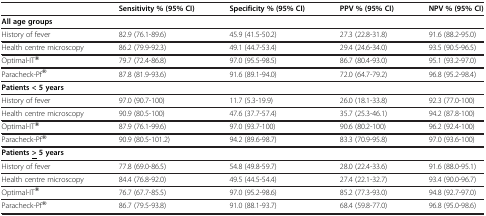
<table><thead><tr><td><b> </b></td><td><b>Sensitivity % (95% CI)</b></td><td><b>Specificity % (95% CI)</b></td><td><b>PPV % (95% CI)</b></td><td><b>NPV % (95% CI)</b></td></tr></thead><tbody><tr><td colspan="5"><b>All age groups</b></td></tr><tr><td>History of fever</td><td>82.9 (76.1-89.6)</td><td>45.9 (41.5-50.2)</td><td>27.3 (22.8-31.8)</td><td>91.6 (88.2-95.0)</td></tr><tr><td>Health centre microscopy</td><td>86.2 (79.9-92.3)</td><td>49.1 (44.7-53.4)</td><td>29.4 (24.6-34.0)</td><td>93.5 (90.5-96.5)</td></tr><tr><td>Optimal-IT®</td><td>79.7 (72.4-86.8)</td><td>97.0 (95.5-98.5)</td><td>86.7 (80.4-93.0)</td><td>95.1 (93.2-97.0)</td></tr><tr><td>Paracheck-Pf®</td><td>87.8 (81.9-93.6)</td><td>91.6 (89.1-94.0)</td><td>72.0 (64.7-79.2)</td><td>96.8 (95.2-98.4)</td></tr><tr><td colspan="5"><b>Patients &lt; 5 years</b></td></tr><tr><td>History of fever</td><td>97.0 (90.7-100)</td><td>11.7 (5.3-19.9)</td><td>26.0 (18.1-33.8)</td><td>92.3 (77.0-100)</td></tr><tr><td>Health centre microscopy</td><td>90.9 (80.5-100)</td><td>47.6 (37.7-57.4)</td><td>35.7 (25.3-46.1)</td><td>94.2 (87.8-100)</td></tr><tr><td>Optimal-IT®</td><td>87.9 (76.1-99.6)</td><td>97.0 (93.7-100)</td><td>90.6 (80.2-100)</td><td>96.2 (92.4-100)</td></tr><tr><td>Paracheck-Pf®</td><td>90.9 (80.5-101.2)</td><td>94.2 (89.6-98.7)</td><td>83.3 (70.9-95.8)</td><td>97.0 (93.6-100)</td></tr><tr><td colspan="5"><b>Patients</b><b><underline>&gt;</underline></b><b>5 years</b></td></tr><tr><td>History of fever</td><td>77.8 (69.0-86.5)</td><td>54.8 (49.8-59.7)</td><td>28.0 (22.4-33.6)</td><td>91.6 (88.0-95.1)</td></tr><tr><td>Health centre microscopy</td><td>84.4 (76.8-92.0)</td><td>49.5 (44.5-54.4)</td><td>27.4 (22.1-32.7)</td><td>93.4 (90.0-96.7)</td></tr><tr><td>Optimal-IT®</td><td>76.7 (67.7-85.5)</td><td>97.0 (95.2-98.6)</td><td>85.2 (77.3-93.0)</td><td>94.8 (92.7-97.0)</td></tr><tr><td>Paracheck-Pf®</td><td>86.7 (79.5-93.8)</td><td>91.0 (88.1-93.7)</td><td>68.4 (59.8-77.0)</td><td>96.8 (95.0-98.6)</td></tr></tbody></table>